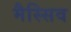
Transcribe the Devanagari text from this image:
मैस्सिव